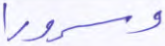
وسرورا